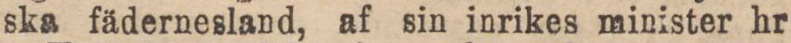
ska fädernesland, af sin inrikes minister hr